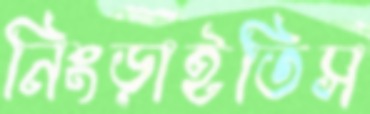
নিংড়াইতিস